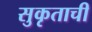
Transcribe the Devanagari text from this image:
सुकृताची